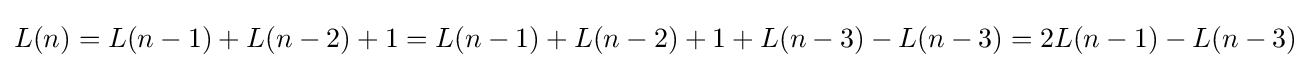
L(n)=L(n-1)+L(n-2)+1=L(n-1)+L(n-2)+1+L(n-3)-L(n-3)=2L(n-1)-L(n-3)